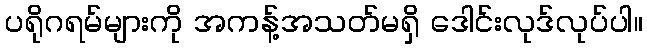
ပရိုဂရမ်များကို အကန့်အသတ်မရှိ ဒေါင်းလုဒ်လုပ်ပါ။